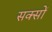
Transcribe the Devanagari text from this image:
सक्सों